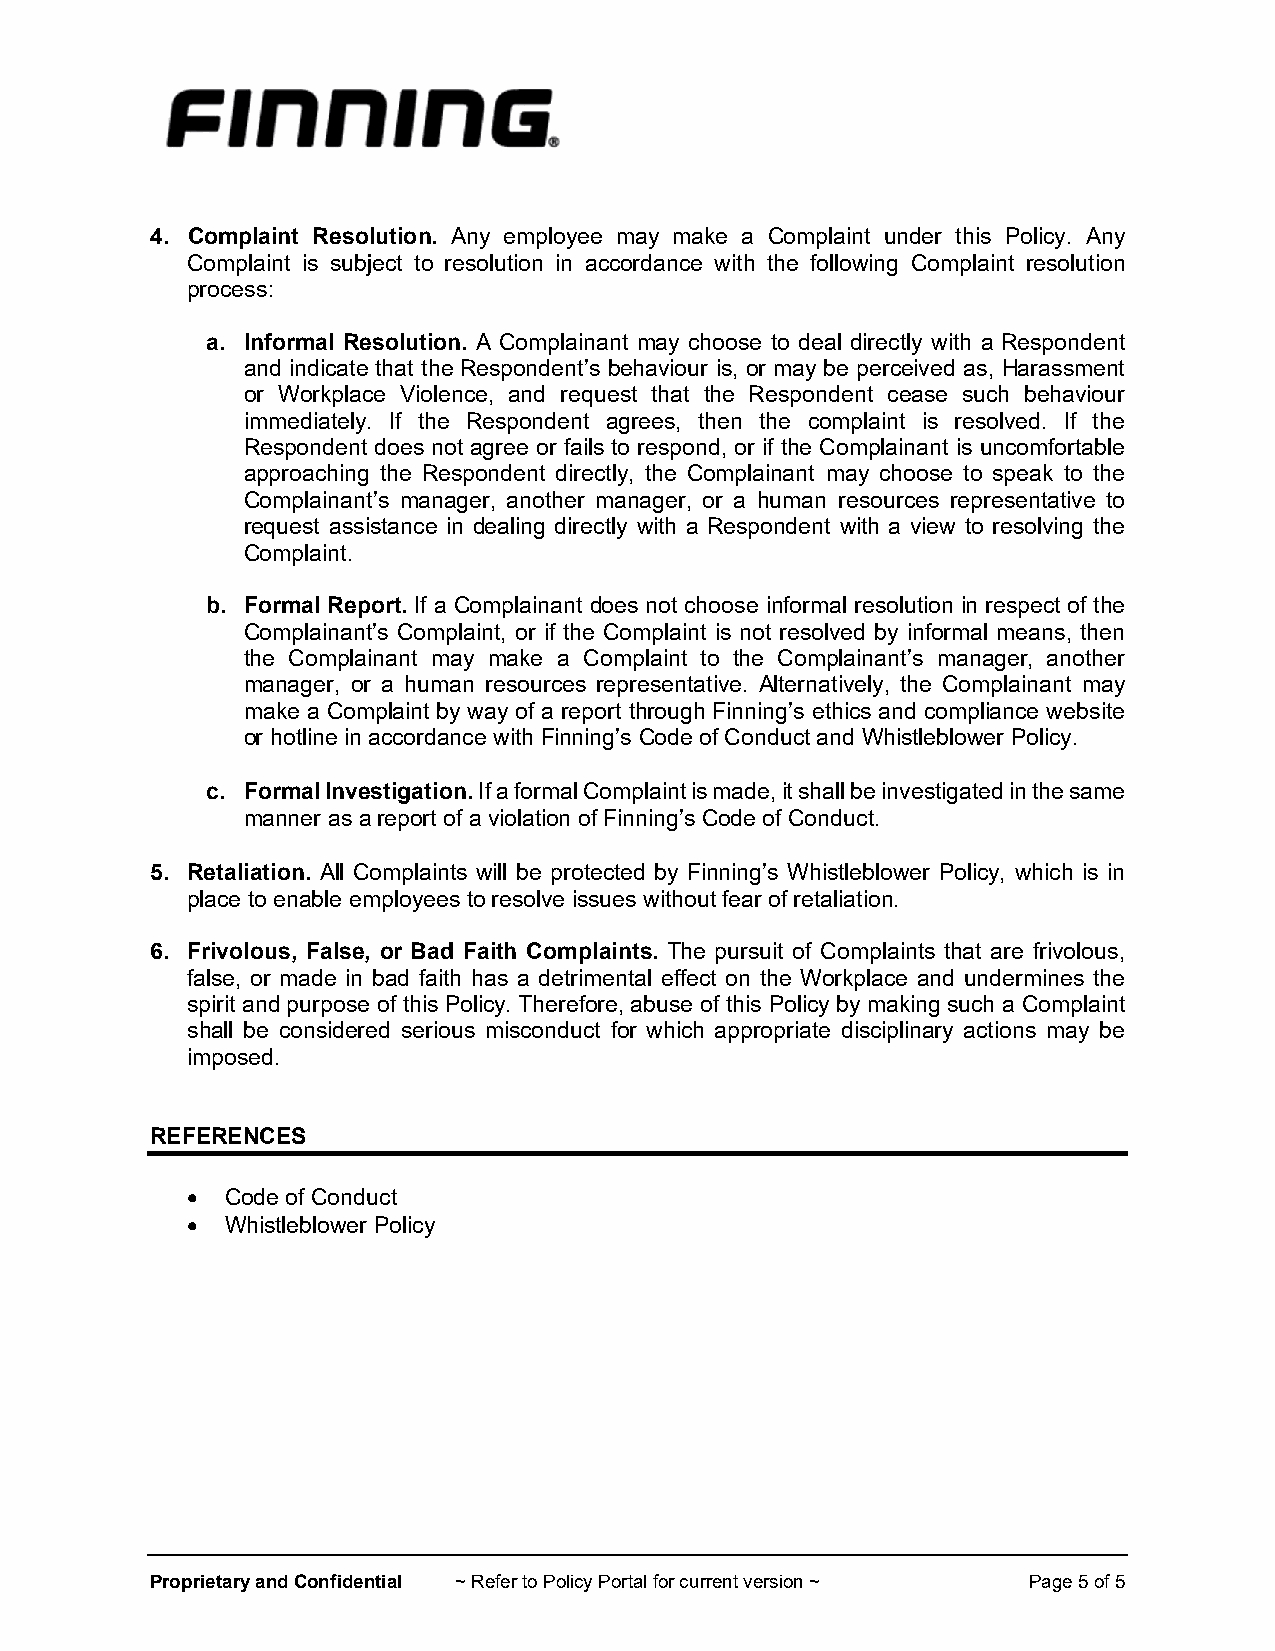
4. Complaint Resolution. Any employee may make a Complaint under this Policy. Any
 Complaint is subject to resolution in accordance with the following Complaint resolution
 process:
 a. Informal Resolution. A Complainant may choose to deal directly with a Respondent
 and indicate that the Respondent’s behaviour is, or may be perceived as, Harassment
 or Workplace Violence, and request that the Respondent cease such behaviour
 immediately. If the Respondent agrees, then the complaint is resolved. If the
 Respondent does not agree or fails to respond, or if the Complainant is uncomfortable
 approaching the Respondent directly, the Complainant may choose to speak to the
 Complainant’s manager, another manager, or a human resources representative to
 request assistance in dealing directly with a Respondent with a view to resolving the
 Complaint.
 b. Formal Report. If a Complainant does not choose informal resolution in respect of the
 Complainant’s Complaint, or if the Complaint is not resolved by informal means, then
 the Complainant may make a Complaint to the Complainant’s manager, another
 manager, or a human resources representative. Alternatively, the Complainant may
 make a Complaint by way of a report through Finning’s ethics and compliance website
 or hotline in accordance with Finning’s Code of Conduct and Whistleblower Policy.
 c. Formal Investigation. If a formal Complaint is made, it shall be investigated in the same
 manner as a report of a violation of Finning’s Code of Conduct.
 5. Retaliation. All Complaints will be protected by Finning’s Whistleblower Policy, which is in
 place to enable employees to resolve issues without fear of retaliation.
 6. Frivolous, False, or Bad Faith Complaints. The pursuit of Complaints that are frivolous,
 false, or made in bad faith has a detrimental effect on the Workplace and undermines the
 spirit and purpose of this Policy. Therefore, abuse of this Policy by making such a Complaint
 shall be considered serious misconduct for which appropriate disciplinary actions may be
 imposed.
 REFERENCES
 •  Code of Conduct
 •  Whistleblower Policy
 Proprietary and Confidential ~ Refer to Policy Portal for current version ~ Page 5 of 5